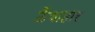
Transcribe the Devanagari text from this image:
ऊँचाहार